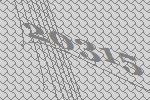
20315